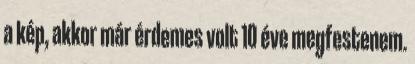
a kép, akkor már érdemes volt 10 éve megfestenem.